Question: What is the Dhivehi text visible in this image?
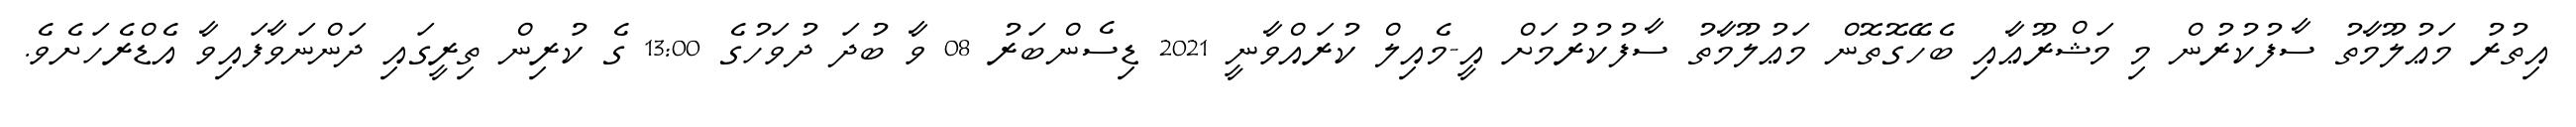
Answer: އިތުރު މަޢުލޫމާތު ސާފުކުރުން މި މަޝްރޫޢާއި ބެހޭގޮތޮން މަޢުލޫމާތު ސާފުކުރުމަށް އީ-މެއިލް ކުރައްވާނީ 2021 ޑިސެންބަރު 08 ވާ ބުދަ ދުވަހުގެ 13:00 ގެ ކުރިން ތިރީގައި ދަންނަވާފައިވާ އެޑްރެހަށެވެ.